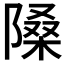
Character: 𨻗